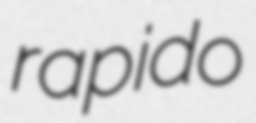
rapido